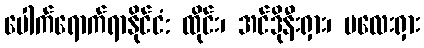
ပေါက်ရောက်ရာနိုင်ငံ: ထိုင်း၊ အင်ဒိုနီးရှား၊ မလေးရှား